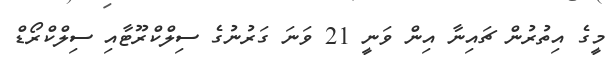
މީގެ އިތުރުން ޗައިނާ އިން ވަނީ 21 ވަނަ ގަރުނުގެ ސިލްކްރޫޓާއި ސިލްކްރޯޑް